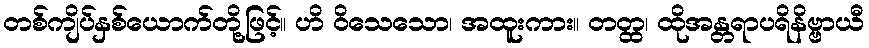
တစ်ကျိပ်နှစ်ယောက်တို့ဖြင့်။ ဟိ ဝိသေသော၊ အထူးကား။ တတ္ထ၊ ထိုအန္တရာပရိနိဗ္ဗာယီ